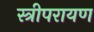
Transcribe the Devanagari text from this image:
स्त्रीपरायण